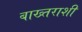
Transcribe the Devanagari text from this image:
बाख्तराशी